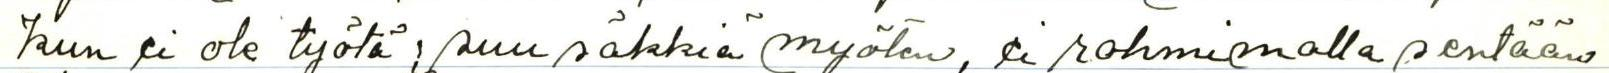
kun ei ole työtä; suu säkkiä myöten, ei rohmimalla sentään